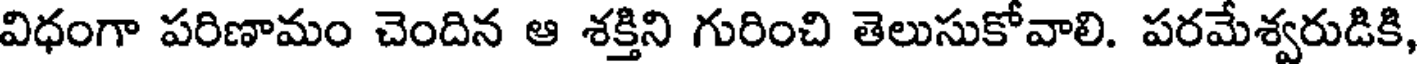
విధంగా పరిణామం చెందిన ఆ శక్తిని గురించి తెలుసుకోవాలి. పరమేశ్వరుడికి,